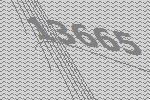
13665